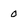
Character: 0